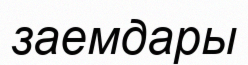
заемдары